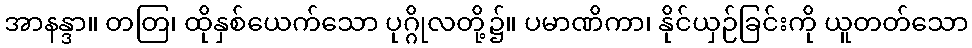
အာနန္ဒာ။ တတြ၊ ထိုနှစ်ယေက်သော ပုဂ္ဂိုလတို့၌။ ပမာဏိကာ၊ နိုင်ယှဉ်ခြင်းကို ယူတတ်သော